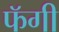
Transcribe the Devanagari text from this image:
फॅगी